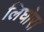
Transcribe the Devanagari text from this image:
लिघोरा